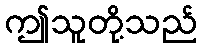
ဤသူတို့သည်